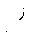
Letter: _zay